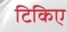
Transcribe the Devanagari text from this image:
टिकिए